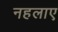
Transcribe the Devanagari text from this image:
नहलाए